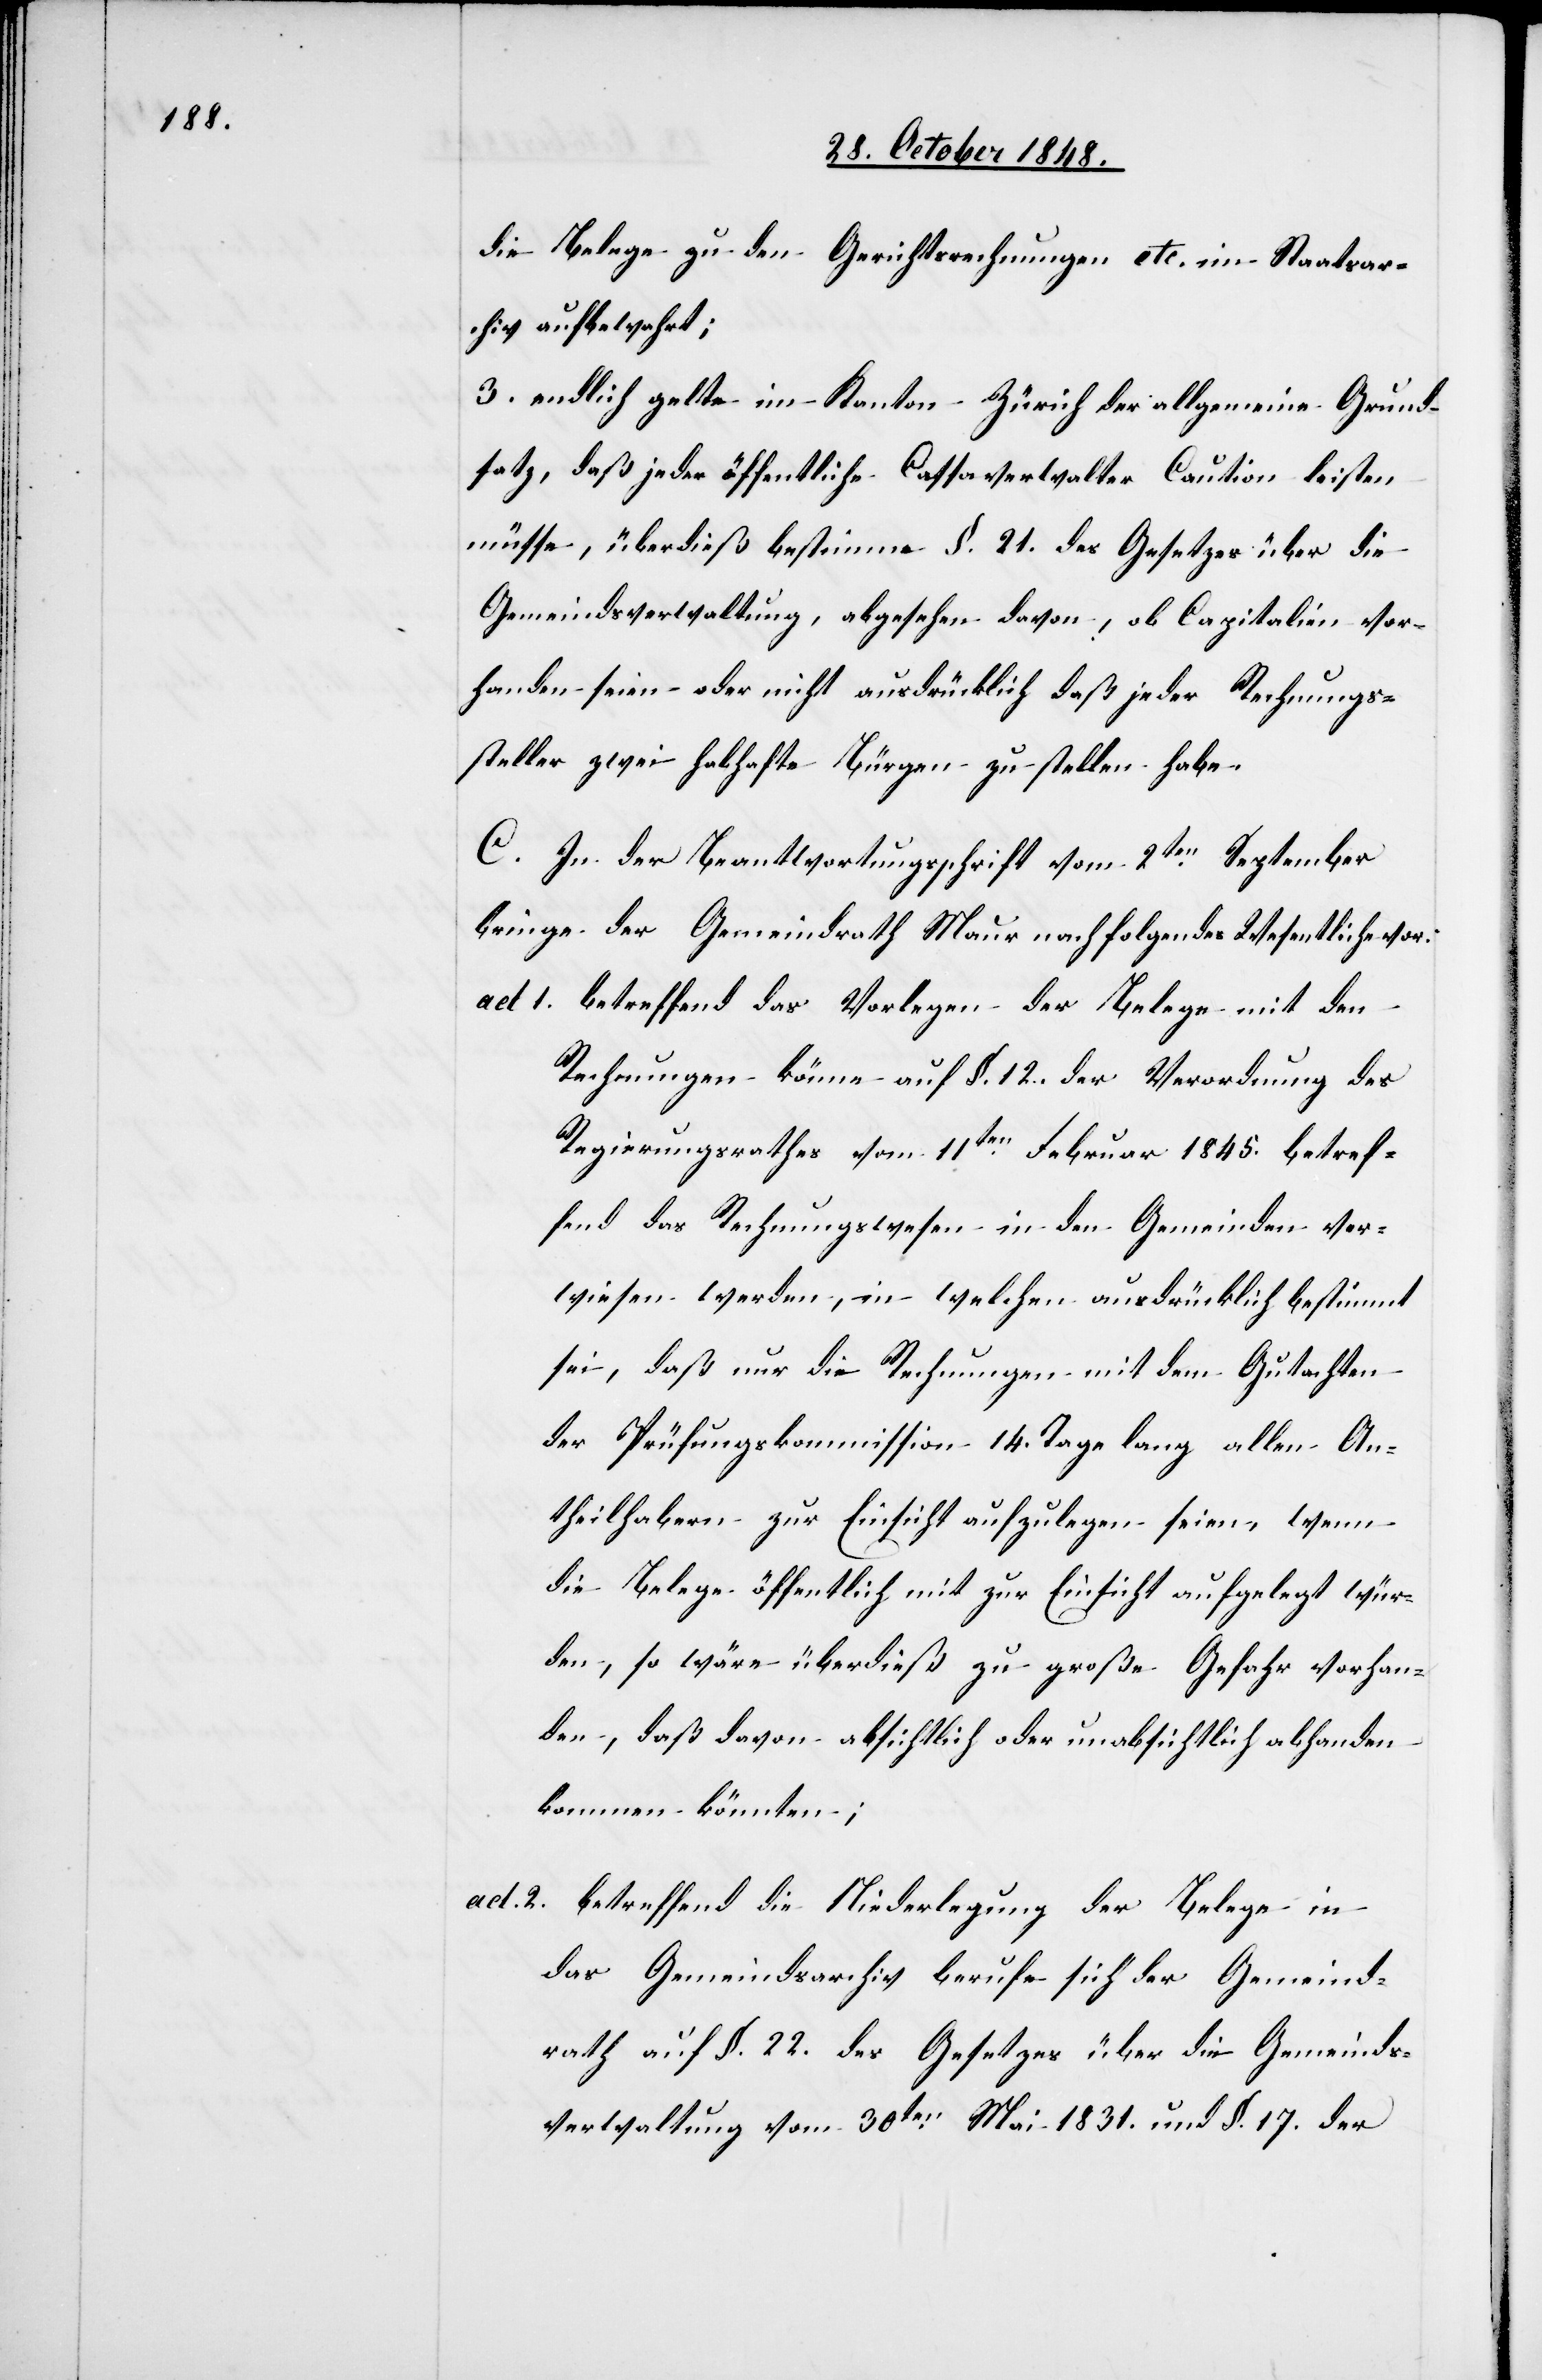
die Belege zu den Gerichtsrechnungen etc. im Staatsar¬
chiv aufbewahrt;
3. endlich gelte im Kanton Zürich der allgemeine Grund¬
satz, daß jeder öffentliche Cassaverwalter Caution leisten
müsse, überdieß bestimme §. 21. des Gesetzes über die
Gemeindsverwaltung, abgesehen davon, ob Capitalien vor¬
handen seien oder nicht ausdrücklich daß jeder Rechnungs¬
steller zwei habhafte Bürgen zu stellen habe.
C. In der Beantwortungsschrift vom 2ten September
bringe der Gemeindrath Maur nachfolgendes Wesentliches vor.
ad 1. betreffend das Vorlegen der Belege mit den
Rechnungen könne auf §. 12. der Verordnung des
Regierungsrathes vom 11ten Februar 1845. betref¬
fend das Rechnungswesen in den Gemeinden ver¬
wiesen werden, in welchen ausdrücklich bestimmt
sei, daß nur die Rechnungen mit dem Gutachten
der Prüfungskommission 14. Tage lang allen An¬
theilhabern zur Einsicht aufzulegen seien, wenn
die Belege öffentlich mit zur Einsicht aufgelegt wür¬
den, so wäre überdieß zu große Gefahr vorhan¬
den, daß davon absichtlich oder unabsichtlich abhanden
kommen könnten;
ad 2. betreffend die Niederlegung der Belege in
das Gemeindsarchiv berufe sich der Gemeind¬
rath auf §. 22. des Gesetzes über die Gemeinds¬
verwaltung vom 30ten Mai 1831. und §. 17. der